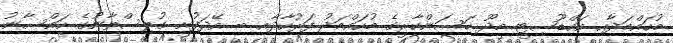
މުހައްމަދާއި އައްޑޫސިޓީ މީދޫ ހަސަންކާރީގެ މުހައްމަދު ފަރުހާދާއި ބ. އޭދަފުށީ ގުލިސްތާނުގެ ހައްސާނު